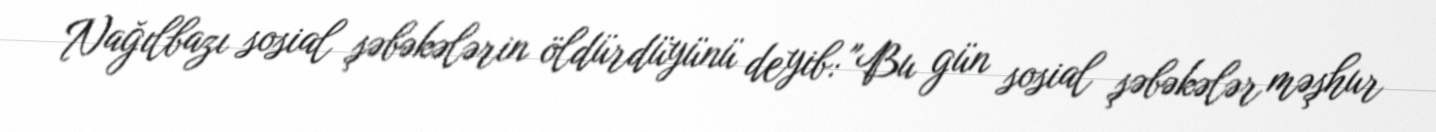
Nağılbazı sosial şəbəkələrin öldürdüyünü deyib: "Bu gün sosial şəbəkələr məşhur